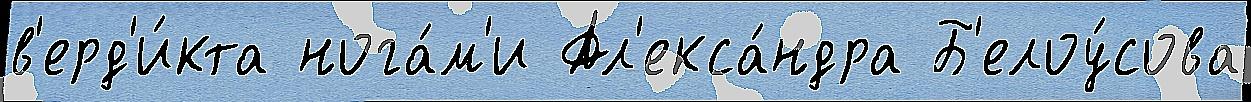
в'ерд'и́кта нога́м'и Ал'екса́ндра Б'елоу́сова